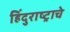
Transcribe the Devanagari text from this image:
हिंदुराष्ट्राचे